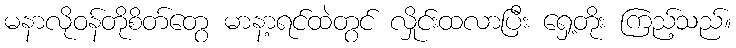
မနာလိုဝန်တိုစိတ်တွေ မာနာ့ရင်ထဲတွင် လှိုင်းထလာပြီး ရှေ့တိုး ကြည့်သည်။